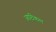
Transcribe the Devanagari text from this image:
आप्टीकल